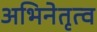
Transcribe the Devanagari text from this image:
अभिनेतृत्व